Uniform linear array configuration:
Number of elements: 16
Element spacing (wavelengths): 0.75
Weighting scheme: hamming
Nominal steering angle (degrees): -45
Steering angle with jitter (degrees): -46.184
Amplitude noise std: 0.05
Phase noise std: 0.05

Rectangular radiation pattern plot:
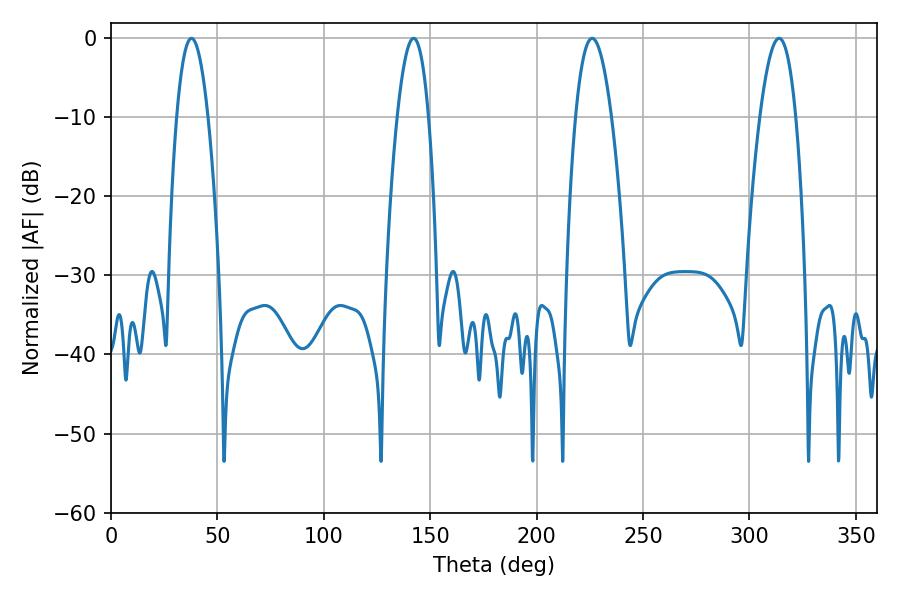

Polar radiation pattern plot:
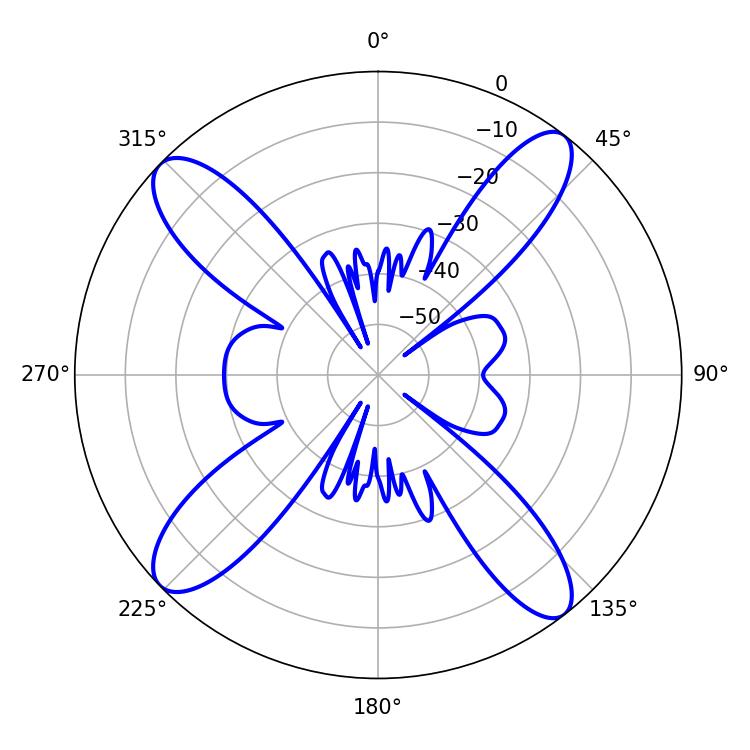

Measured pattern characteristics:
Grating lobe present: TRUE
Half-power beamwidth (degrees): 9.36
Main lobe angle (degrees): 226.08